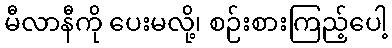
မီလာနီကို ပေးမလို့၊ စဉ်းစားကြည့်ပေါ့